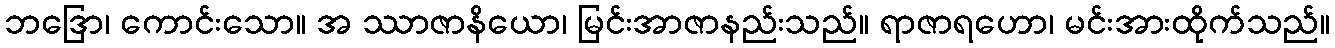
ဘဒြော၊ ကောင်းသော။ အ ဿာဇာနိယော၊ မြင်းအာဇာနည်းသည်။ ရာဇာရဟော၊ မင်းအားထိုက်သည်။